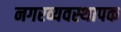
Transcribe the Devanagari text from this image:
नगरव्यवस्थापक